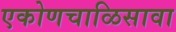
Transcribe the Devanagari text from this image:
एकोणचाळिसावा